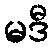
မဒီ